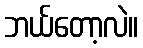
ဘယ်တော့လဲ။